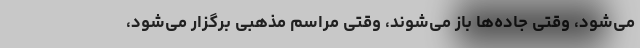
می‌شود، وقتی جاده‌ها باز می‌شوند، وقتی مراسم مذهبی برگزار می‌شود،